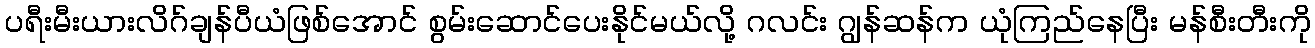
ပရီးမီးယားလိဂ်ချန်ပီယံဖြစ်အောင် စွမ်းဆောင်ပေးနိုင်မယ်လို့ ဂလင်း ဂျွန်ဆန်က ယုံကြည်နေပြီး မန်စီးတီးကို